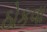
ઠોકવા